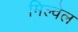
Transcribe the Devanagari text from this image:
मिल्वेल